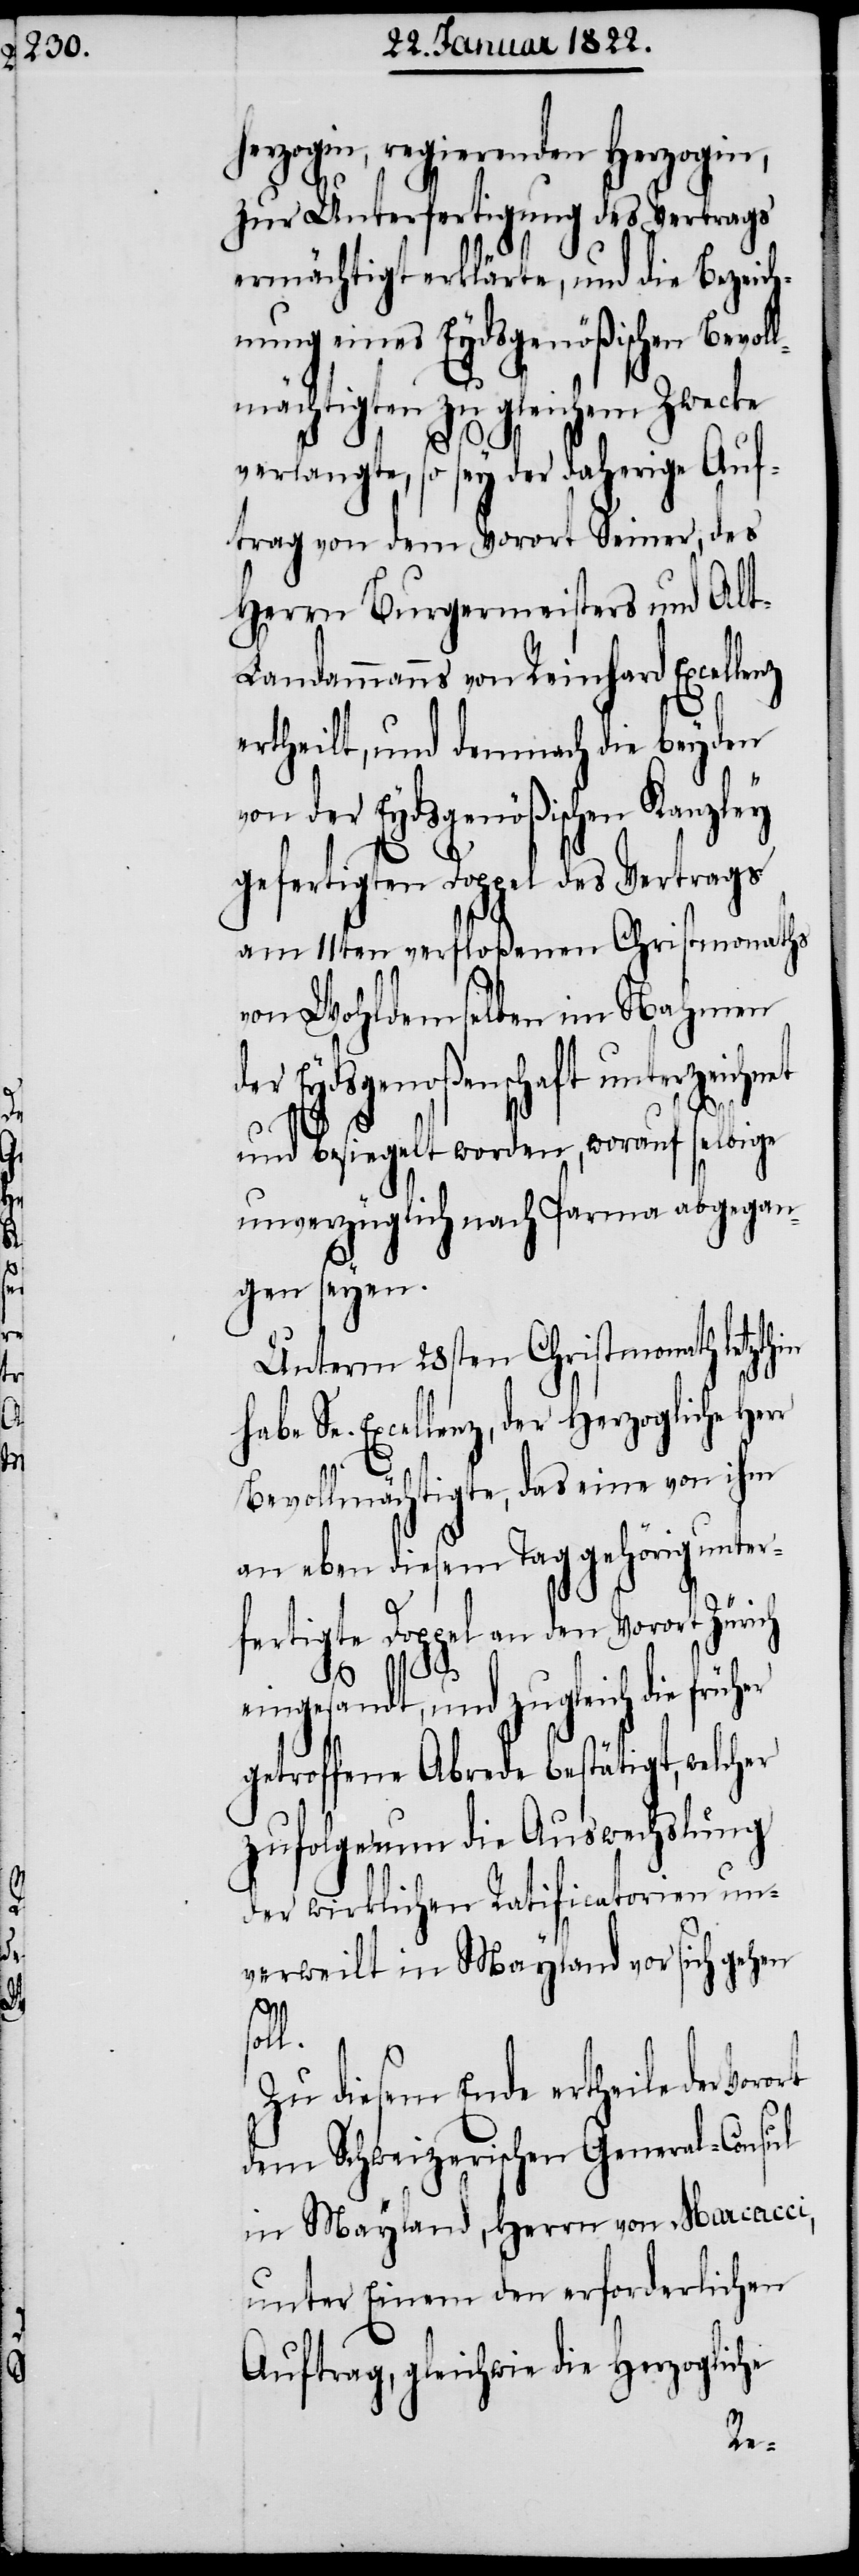
herzogin, regierenden Herzogin,
zur Unterfertigung des Vertrags
ermächtigt erklärte, und die Bezeich¬
nung eines Eydsgenößischen Bevol¬
lmächtigten zu gleichem Zwecke
s¬
verlangte, so sey der daherige Auf¬
trag von dem Vorort Seiner, des
Herrn Burgermeisters und Alt-L¬
andammanns von Reinhard Excellenz
ertheilt, und demnach die beyden
on der Eydsgenößischen Kanzley
gefertigten Doppel des Vertrags
am 11ten verfloßenen Christmonaths
von Wohldemselben im Nahmen
der Eydsgenoßenschaft unterzeichnet
und besiegelt worden, worauf selbige
unverzüglich nach Parma abgegan¬
gen seyen.
Unterm 28sten Christmonath letzthin
habe Se. Excellenz, der Herzogliche Her¬
Bevollmächtigte, das eine von ihm
an eben diesem Tag gehörig unter¬
fertigte Doppel an den Vorort Zürich
v¬
eingesandt, und zugleich die früh¬
getroffene Abrede bestätigt, welcher
zufolge nun die Auswechslung
der wirklichen Ratificatorien un¬
verweilt in Mayland vor sich gehen
oll.
Zu diesem Ende ertheile der
dem Schweizerischen General-Consul
in Mayland, Herrn von Marcacci,
unter Einem den erforderlichen
Auftrag, gleichwie die Herzogliche